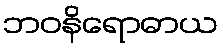
ဘဝနိရောဓာယ